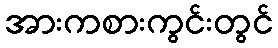
အားကစားကွင်းတွင်